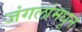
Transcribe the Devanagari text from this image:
जंगलांमधून